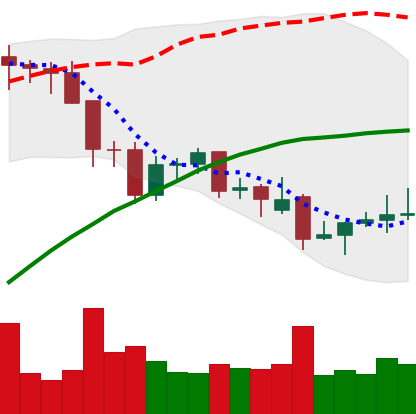
Ticker: LINK-USD
Chart end date: 2021-12-01
Forward return: -21.58%
Label: down_7plus